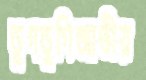
ডুগডুগিজাতীয়